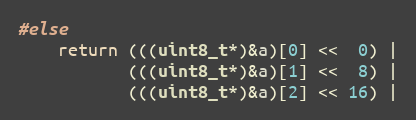
Language: C
#else
    return (((uint8_t*)&a)[0] <<  0) |
           (((uint8_t*)&a)[1] <<  8) |
           (((uint8_t*)&a)[2] << 16) |